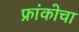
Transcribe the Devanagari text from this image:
फ्रांकोचा